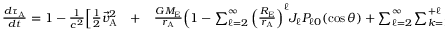
\begin{array} { r l r } { \frac { d \tau _ { \mathrm { A } } } { d t } = 1 - \frac { 1 } { c ^ { 2 } } \Big [ { \textstyle \frac { 1 } { 2 } } { \vec { v } } _ { \mathrm { A } } ^ { 2 } } & { { } + } & { \frac { G M _ { \mathrm { E } } } { r _ { \mathrm { A } } } \Big ( 1 - \sum _ { \ell = 2 } ^ { \infty } \Big ( \frac { R _ { \mathrm { E } } } { r _ { \mathrm { A } } } \Big ) ^ { \ell } J _ { \ell } P _ { \ell 0 } ( \cos \theta ) + \sum _ { \ell = 2 } ^ { \infty } \sum _ { k = 1 } ^ { + \ell } \Big ( \frac { R _ { \mathrm { E } } } { r _ { \mathrm { A } } } \Big ) ^ { \ell } P _ { \ell k } ( \cos \theta ) ( C _ { \ell k } \cos k \phi + S _ { \ell k } \sin k \phi ) \Big ) + } \end{array}